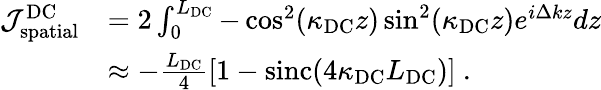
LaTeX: \begin{array}{rl}{\mathcal{J}_{\mathrm{spatial}}^{\mathrm{DC}}}&{=2\int_{0}^{L_{\mathrm{DC}}}-\cos^{2}(\kappa_{\mathrm{DC}}z)\sin^{2}(\kappa_{\mathrm{DC}}z)e^{i\Delta kz}dz}\\ &{\approx-\frac{L_{\mathrm{DC}}}{4}\left[1-\mathrm{sinc}\! \left(4\kappa_{\mathrm{DC}}L_{\mathrm{DC}}\right)\right]\ .}\end{array}